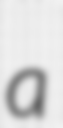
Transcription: a